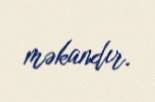
məkandır.